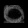
Digit: ၀